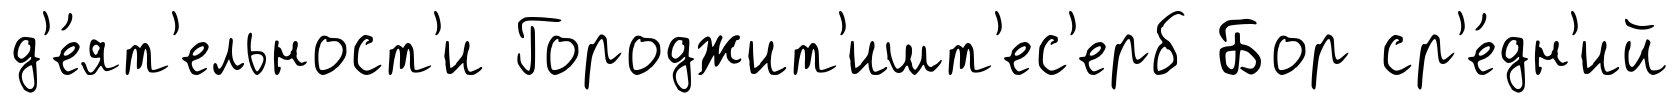
д'е́ят'ельност'и Городжит'ишт'ес'ерб Бор ср'е́дн'ий